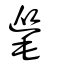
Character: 𣯨